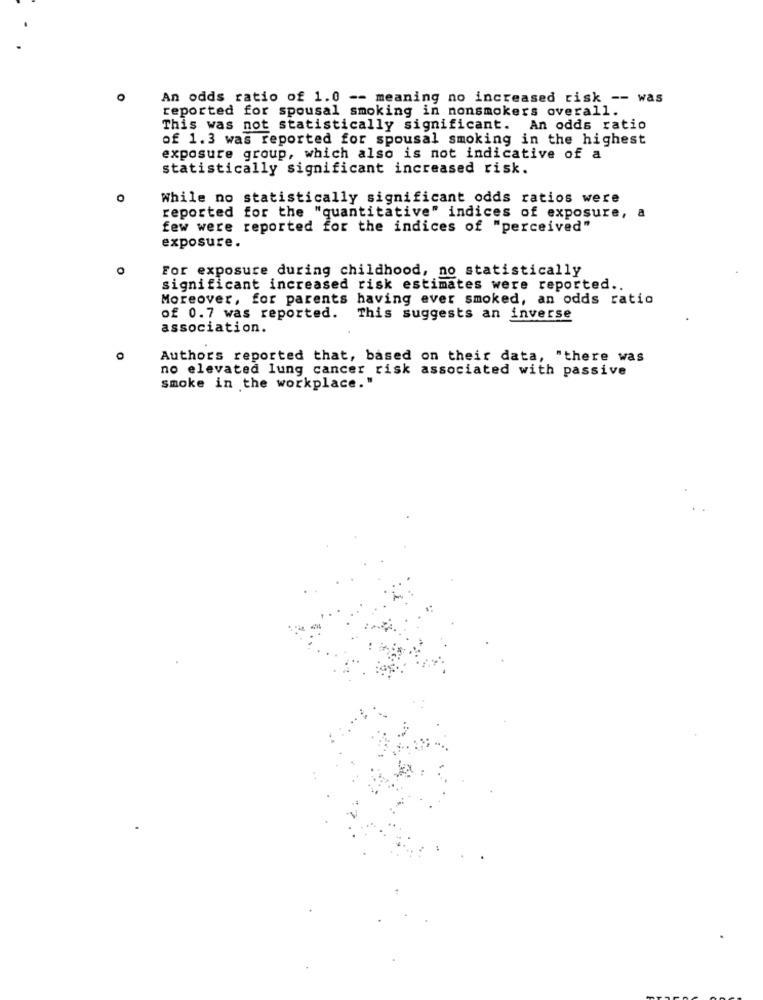
O
An odds ratio of 1.0 -- meaning no increased risk -- was
reported for spousal smoking in nonsmokers overall.
This was not statistically significant. An odds ratio
of 1.3 was reported for spousal smoking in the highest
exposure group, which also is not indicative of a
statistically significant increased risk.
O
While no statistically significant odds ratios were
reported for the "quantitative" indices of exposure, a
few were reported for the indices of "perceived"
exposure.
For exposure during childhood, no statistically
significant increased risk estimates were reported ..
Moreover, for parents having ever smoked, an odds ratio
of 0.7 was reported. This suggests an inverse
association.
Authors reported that, based on their data, "there was
no elevated lung cancer risk associated with passive
smoke in the workplace."